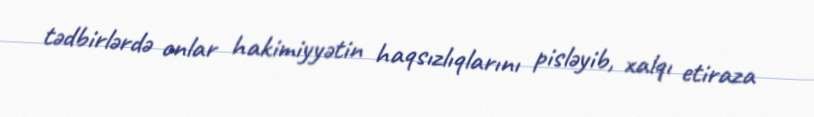
tədbirlərdə onlar hakimiyyətin haqsızlıqlarını pisləyib, xalqı etiraza